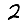
Digit: 2